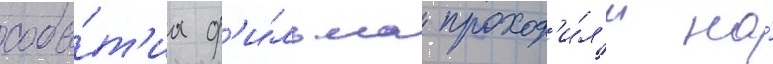
собы́т'иа ф'и́льма проход'и́л'и на́